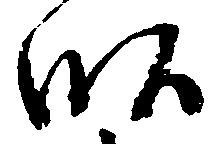
畝